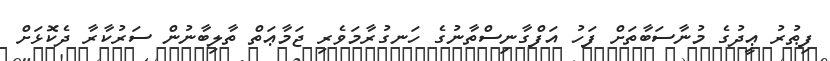
ފިޠުރު ޢީދުގެ މުނާސަބާތަށް ފަހު އަފްގާނިސްތާނުގެ ހަނގުރާމަވެރި ޖަމާޢަތް ތާލިބާނުން ސަރުކާރާ ދެކޮޅަށް